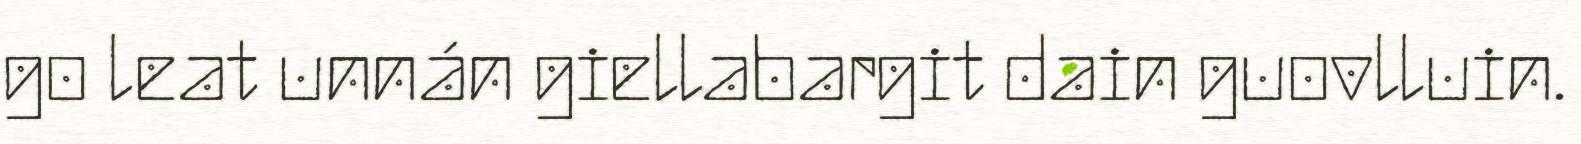
go leat unnán giellabargit dain guovlluin.